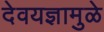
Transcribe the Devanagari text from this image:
देवयज्ञामुळे